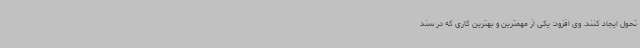
تحول ایجاد کنند. وی افزود: یکی از مهمترین و بهترین کاری که در سند